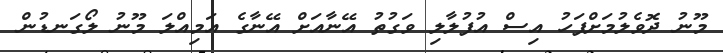
މޫނު ދޮވެލުމަށްފަހު އިސް އުފުލާލި ވަގުތު އޭނާއަށް އޭނާގެ އަމިއްލަ މޫނު ލޯގަނޑުން